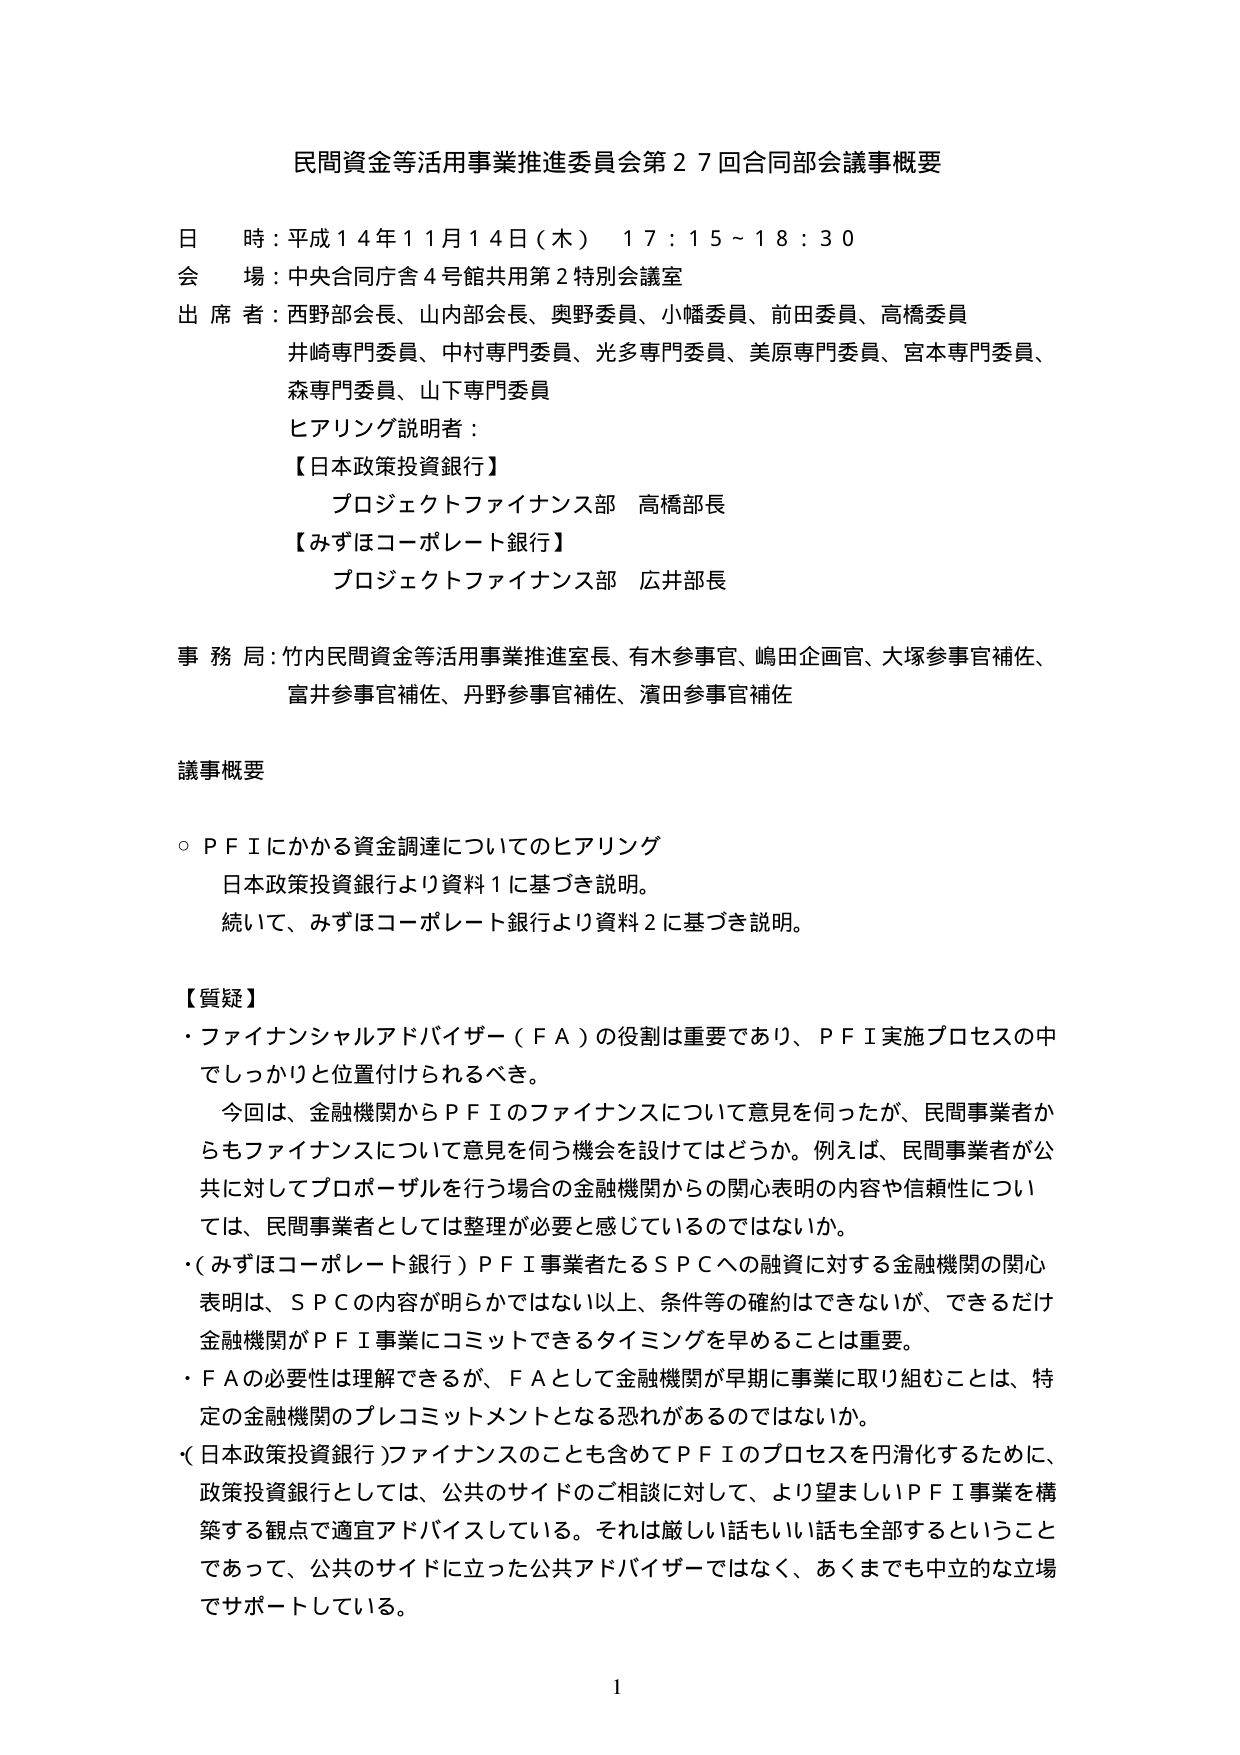
民間資金等活用事業推進委員会第２７回合同部会議事概要

日 時：平成１４年１１月１４日（木） １７：１５～１８：３０
会 場：中央合同庁舎４号館共用第２特別会議室
出 席 者：西野部会長、山内部会長、奥野委員、小幡委員、前田委員、高橋委員
　　　　　井崎専門委員、中村専門委員、光多専門委員、美原専門委員、宮本専門委員、
　　　　　森専門委員、山下専門委員
ヒアリング説明者：
　【日本政策投資銀行】
　　　プロジェクトファイナンス部 高橋部長
　【みずほコーポレート銀行】
　　　プロジェクトファイナンス部 広井部長

事 務 局：竹内民間資金等活用事業推進室室長、有木参事官、嶋田企画官、大塚参事官補佐、
　　　　　富井参事官補佐、丹野参事官補佐、濱田参事官補佐

議事概要

○ＰＦＩにかかる資金調達についてのヒアリング
　日本政策投資銀行より資料１に基づき説明。
　続いて、みずほコーポレート銀行より資料２に基づき説明。

【質疑】
・ファイナンシャルアドバイザー（ＦＡ）の役割は重要であり、ＰＦＩ実施プロセスの中
　でしっかりと位置付けられるべき。
　今回は、金融機関からＰＦＩのファイナンスについて意見を伺ったが、民間事業者か
　らもファイナンスについて意見を伺う機会を設けてはどうか。例えば、民間事業者が公
　共に対してプロポーザルを行う場合の金融機関からの関心表明の内容や信頼性につい
　ては、民間事業者としては整理が必要と感じているのではないか。
・（みずほコーポレート銀行）ＰＦＩ事業者たるＳＰＣへの融資に対する金融機関の関心
　表明は、ＳＰＣの内容が明らかではない以上、条件等の確約はできないが、できるだけ
　金融機関がＰＦＩ事業にコミットできるタイミングを早めることは重要。
・ＦＡの必要性は理解できるが、ＦＡとして金融機関が早期に事業に取り組むことは、特
　定の金融機関のプレコミットメントとなる恐れがあるのではないか。
・（日本政策投資銀行）ファイナンスのことも含めてＰＦＩのプロセスを円滑化するために、
　政策投資銀行としては、公共のサイドのご相談に対して、より望ましいＰＦＩ事業を構
　築する観点で適宜アドバイスしている。それは厳しい話もいい話も全部するということ
　であって、公共のサイドに立った公共アドバイザーではなく、あくまでも中立的な立場
　でサポートしている。

1